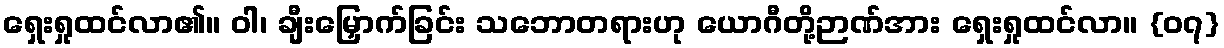
ရှေးရှုထင်လာ၏။ ဝါ၊ ချီးမြှောက်ခြင်း သဘောတရားဟု ယောဂီတို့ဉာဏ်အား ရှေးရှုထင်လာ။ {၀၇}